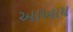
આખાય